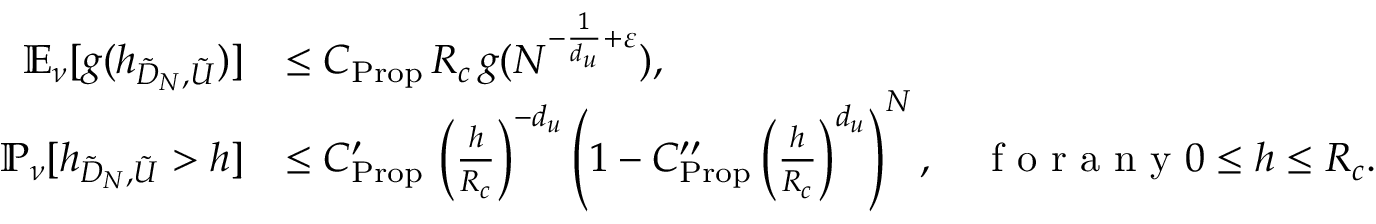
\begin{array} { r l } { \mathbb { E } _ { \nu } [ g ( h _ { \tilde { D } _ { N } , \tilde { U } } ) ] } & { \leq C _ { \mathrm { P r o p } } \, R _ { c } \, g ( N ^ { - \frac { 1 } { d _ { u } } + \varepsilon } ) , } \\ { \mathbb { P } _ { \nu } [ h _ { \tilde { D } _ { N } , \tilde { U } } > h ] } & { \leq C _ { \mathrm { P r o p } } ^ { \prime } \, \left( \frac { h } { R _ { c } } \right) ^ { - d _ { u } } \left( 1 - C _ { \mathrm { P r o p } } ^ { \prime \prime } \left( \frac { h } { R _ { c } } \right) ^ { d _ { u } } \right) ^ { N } , \quad \textrm { f o r a n y } 0 \leq h \leq R _ { c } . } \end{array}